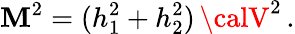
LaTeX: \mathbf{M}^{2}=(h_{1}^{2}+h_{2}^{2})\, {\calV}^{2}\, .